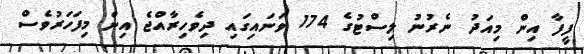
ފީފާ އިން މިއަދު ނެރުނު ލިސްޓުގެ 174 ވަނައިގައި ދިވެހިރާއްޖެ އިން މިފަހަރުވެސް